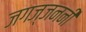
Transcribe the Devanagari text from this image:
जगज्जननी